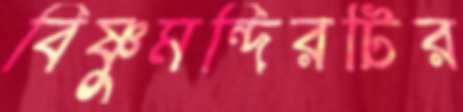
বিষ্ণুমন্দিরটির